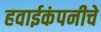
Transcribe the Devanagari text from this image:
हवाईकंपनीचे